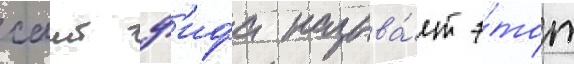
саит ф'ифа называ́ет э́тот